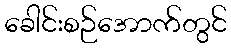
ခေါင်းစဉ်အောက်တွင်